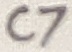
Text: C7